Indian journal of veterinary science and animal husbandry - Volumes 18-21, 1948-1951
Year: 1948
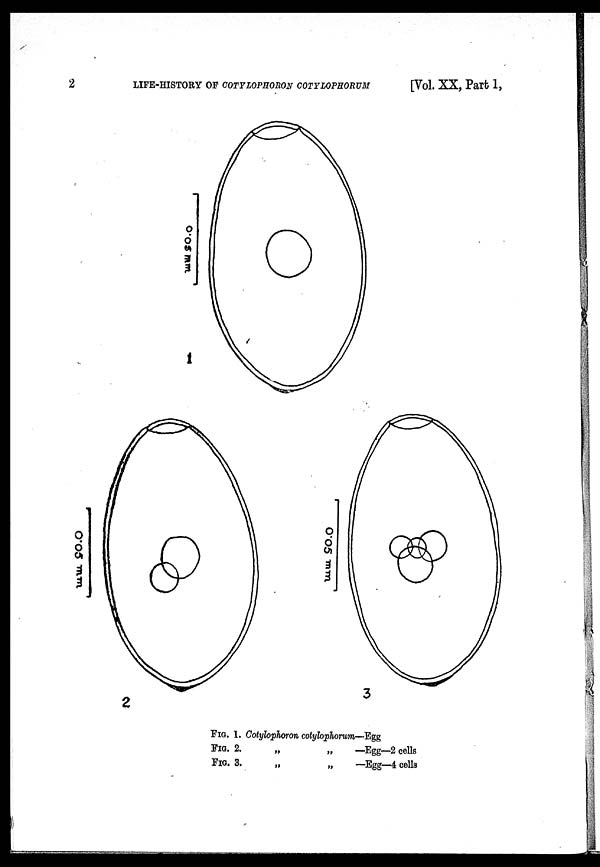
2
LIFE-HISTORY OF COTYLOPHORON COTYLOPHORUM
[Vol. XX, Part 1,
FIG. 1. Cotylophoron cotylophorum—Egg
FIG. 2.
„
„
—Egg—2 cells
FIG. 3.
„
„
—Egg—4 cells